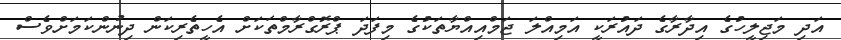
އަދި މަޖިލީހުގެ އިދާރާގެ ދައުރަކީ އަމިއްލަ ޖަމްއިއްޔާތަކުގެ މިފަދަ ޕްރޮގްރާމްތަކަށް އެހީތެރިކަން ދިނުންކަމަށްވެސް